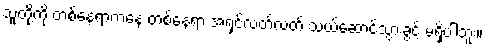
သူတို့ကို တစ်နေရာကနေ တစ်နေရာ အရှင်လတ်လတ် သယ်ဆောင်သွားခွင့် မရှိပါဘူး။